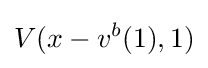
V(x-v^{b}(1),1)